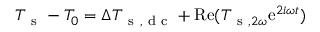
T _ { \mathrm { ~ s ~ } } - T _ { 0 } = \Delta T _ { \mathrm { ~ s ~ , ~ d ~ c ~ } } + \mathrm { R e } ( T _ { \mathrm { ~ s ~ } , 2 \omega } \mathrm { e } ^ { 2 i \omega t } )